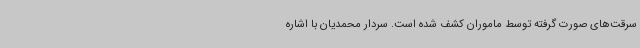
سرقت‌های صورت گرفته توسط ماموران کشف شده است. سردار محمدیان با اشاره